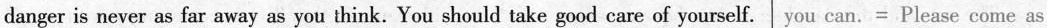
danger is never as far away as you think. You should take good care of yourself.You can.= Please come as